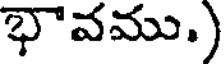
భావము.)